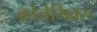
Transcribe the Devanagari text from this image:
क्रोनेमिक्स